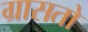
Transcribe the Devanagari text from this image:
ग्रासतो